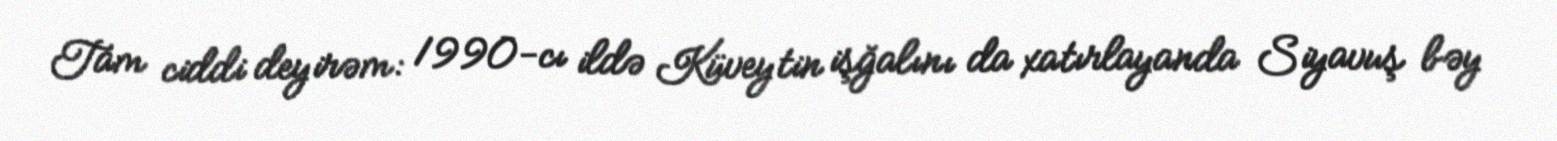
Tam ciddi deyirəm: 1990-cı ildə Küveytin işğalını da xatırlayanda Siyavuş bəy